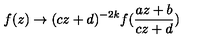
f ( z ) \rightarrow ( c z + d ) ^ { - 2 k } f ( \frac { a z + b } { c z + d } )